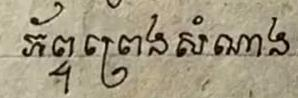
ភ័ព្ទព្រេងសំណាង